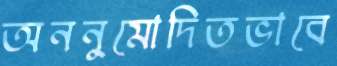
অননুমোদিতভাবে